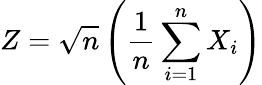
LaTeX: Z={\sqrt{n}}\left({\frac{1}{n}}\sum_{i=1}^{n}X_{i}\right)